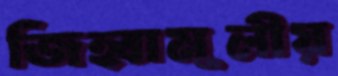
জিহ্বামূলীয়